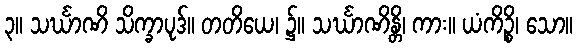
၃။ သင်္ဃာဏိ သိက္ခာပုဒ်။ တတိယေ၊ ၌။ သင်္ဃာဏိန္တိ၊ ကား။ ယံကိဉ္စိ၊ သော။